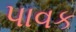
પાવક